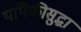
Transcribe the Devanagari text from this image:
यांपैकीसुद्धा